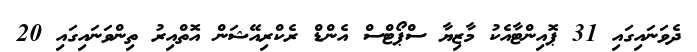
ދެވަނައިގައި 31 ޕޮއިންޓާއެކު މާޒިޔާ ސްޕޯޓްސް އެންޑް ރެކްރިއޭޝަން އޮތްއިރު ތިންވަނައިގައި 20